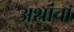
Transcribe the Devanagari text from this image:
अशांचा